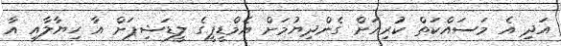
އަދި އެ މަސައްކަތް ކުރިއަށް ގެންދިޔުމަށް އެމްޑީޕީގެ ލީޑަޝިޕަށް އާ ހިޔާލާއި އާ